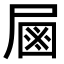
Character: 𡲖